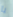
يا